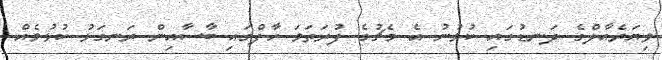
ވިޔަރެއާލްގެ ދަނޑުގައި ކުޅުނު އެ މެޗުގެ ފުރަތަމަ ހާފްގައި ބާސާއިން ރަނގަޅު ކުޅުމެއް